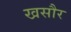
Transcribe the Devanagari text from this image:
खसौर